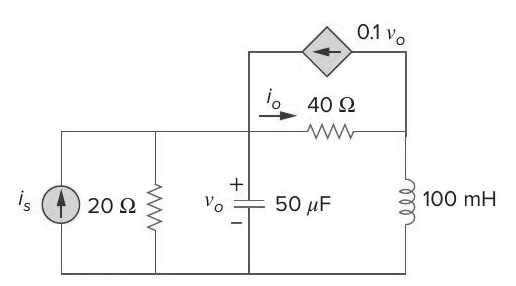
Components in this circuit:
dependant current source
resistor
inductor
resistor
capacitor
current source